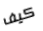
كيف